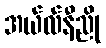
အယ်လ်နီညို